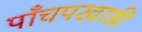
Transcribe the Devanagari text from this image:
पाँचपखाड़ी